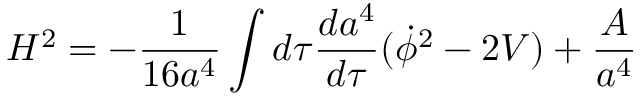
H ^ { 2 } = - \frac { 1 } { 1 6 a ^ { 4 } } \int d \tau \frac { d a ^ { 4 } } { d \tau } ( \dot { \phi } ^ { 2 } - 2 V ) + \frac { \cal A } { a ^ { 4 } }